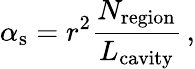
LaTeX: \alpha_{\mathrm{s}}=r^{2}\frac{N_{\mathrm{region}}}{L_{\mathrm{cavity}}}\, ,